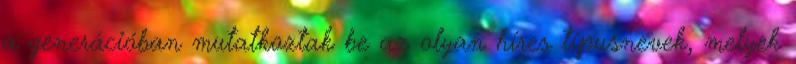
a generációban mutatkoztak be az olyan híres típusnevek, melyek